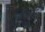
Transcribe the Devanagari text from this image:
वयास